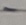
Text: -